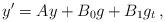
LaTeX: \begin{align*} y'=Ay+B_0g+B_1g_t\,, \end{align*}